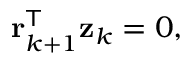
\mathbf { r } _ { k + 1 } ^ { \mathsf { T } } \mathbf { z } _ { k } = 0 ,